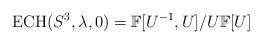
LaTeX: \begin{align*} \mathrm{ECH}(S^{3},\lambda,0)=\mathbb{F}[U^{-1},U]/U\mathbb{F}[U]\end{align*}